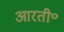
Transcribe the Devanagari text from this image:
आरती॰